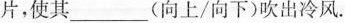
叶片，使其___(向上/向下)吹出冷风。